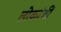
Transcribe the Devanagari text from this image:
लोकांचीं